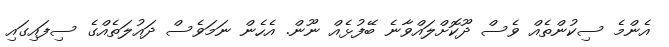
އެންމެ ސިކުންތެއް ވެސް ދޫކޮށްލައްވާނެ ބޭފުޅެއް ނޫން. އެހެން ނަަމަވެސް ދައުލަތެއްގެ ސިފައިގައި